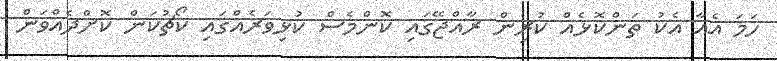
ހަމަ އެއާ އެކު ތަންކޮޅެއް ކުރިން ރާއްޖޭގައި ކޮންމެސް ކުޅިވަރެއްގައި ކޯޗުކަން ކޮށްދެއްވަން